65_HS1-834228961_62-HQ-83894_Section_8
Agency: FBI
Page 17
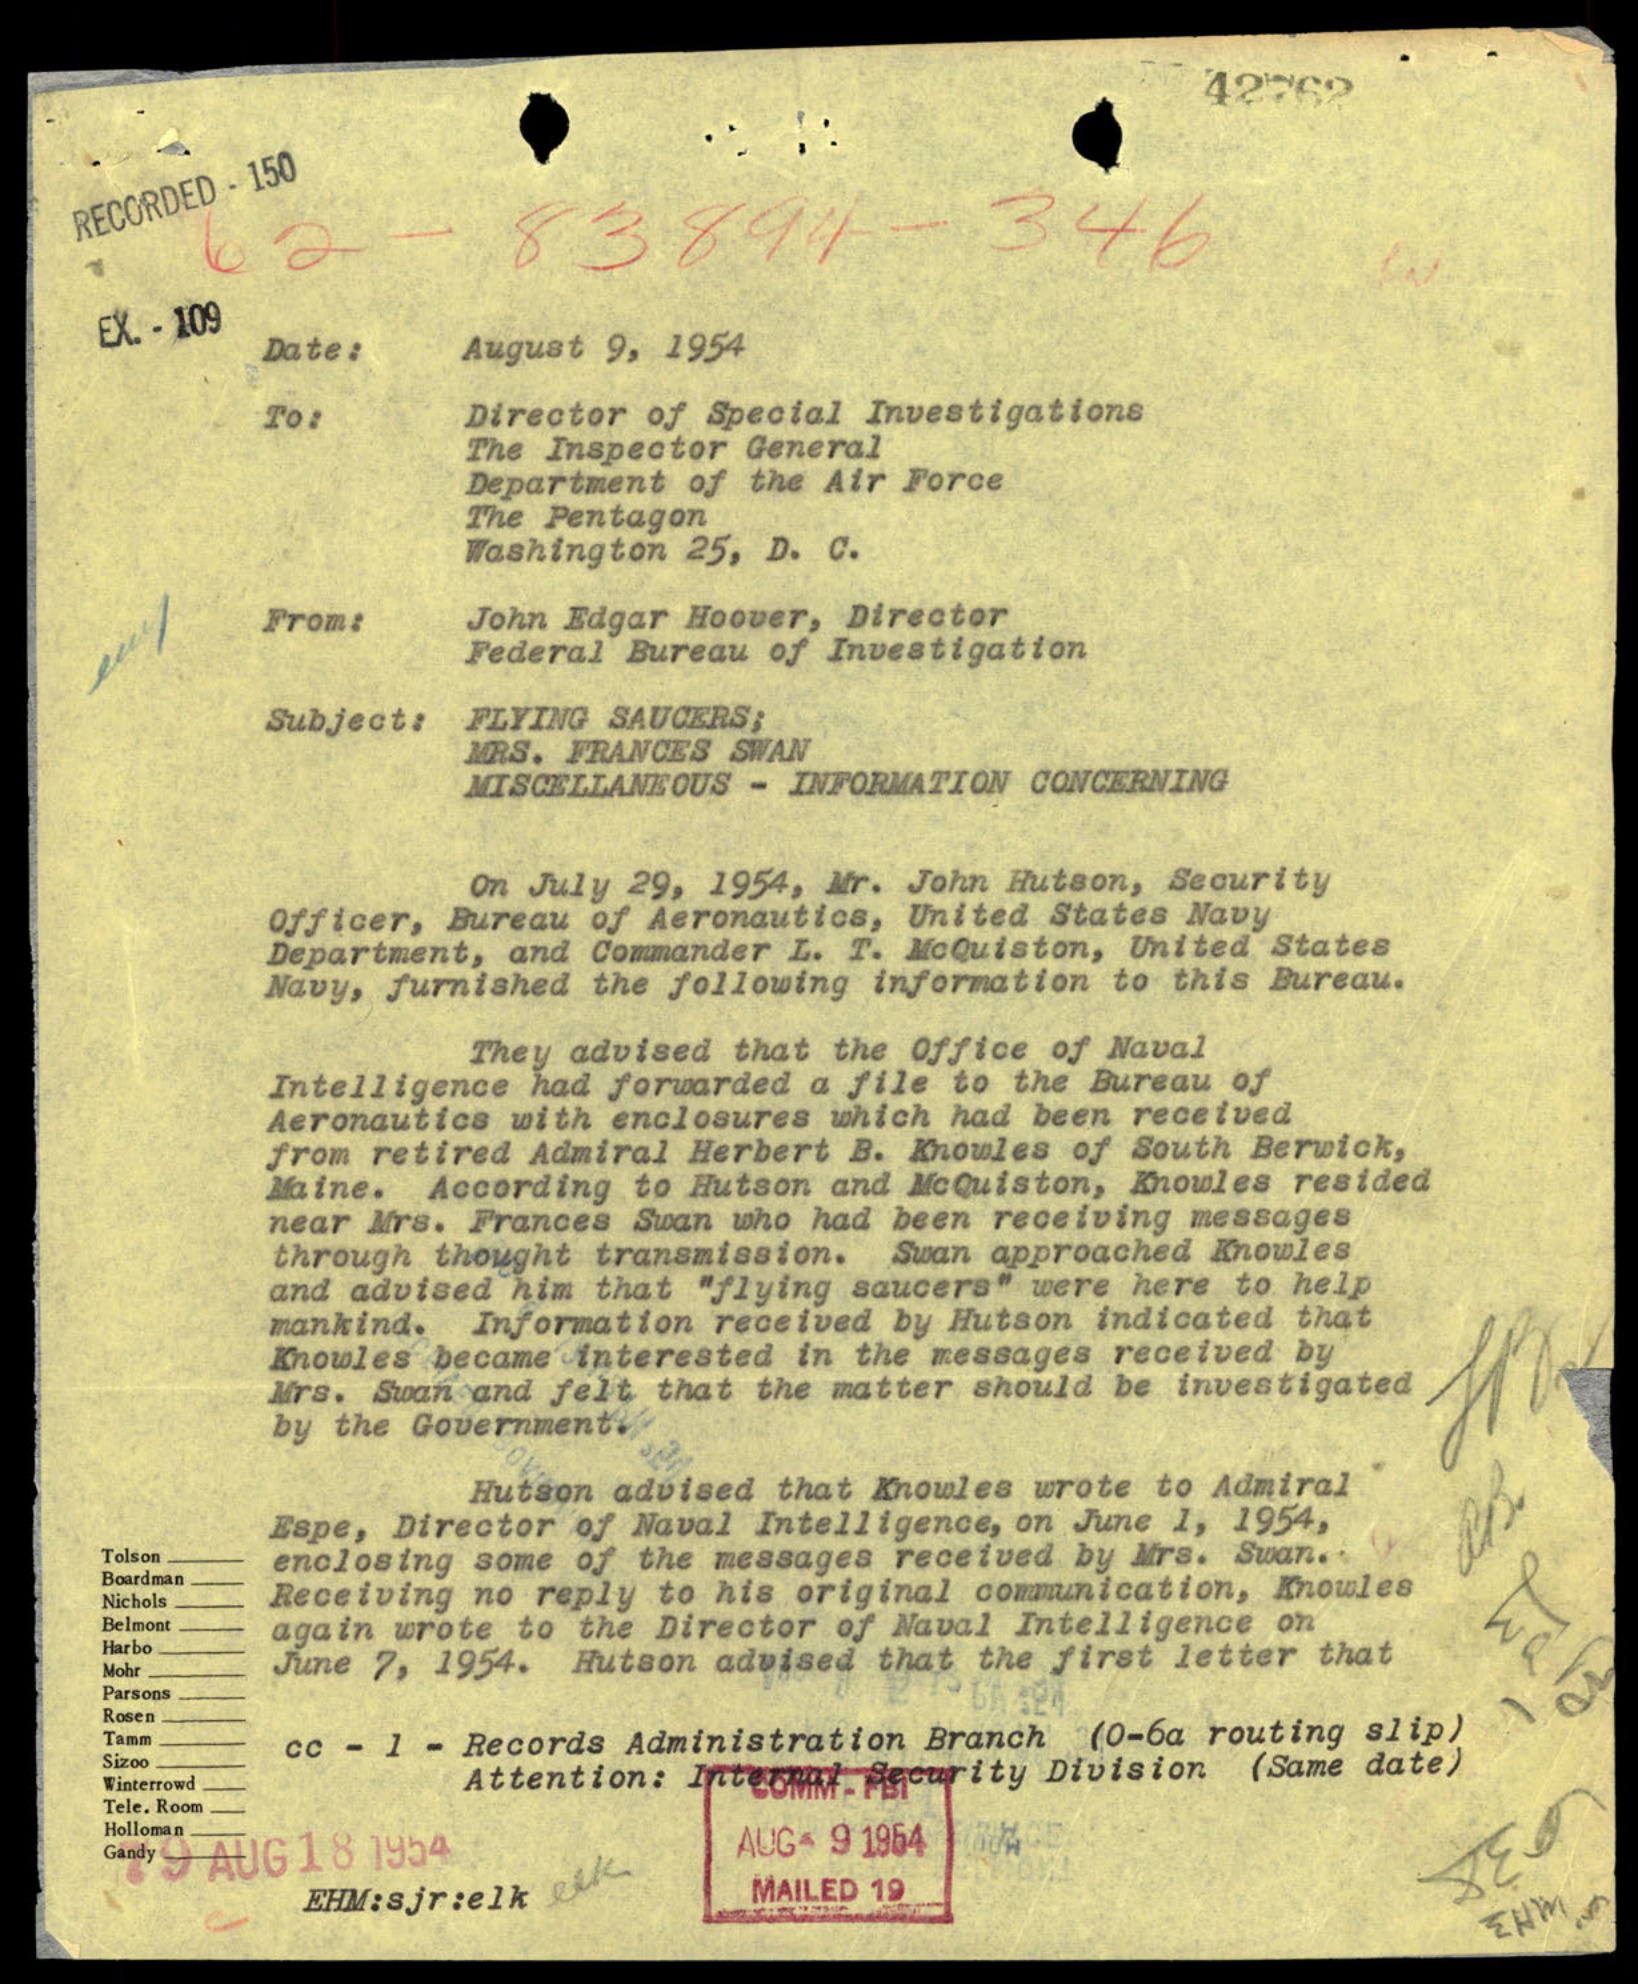